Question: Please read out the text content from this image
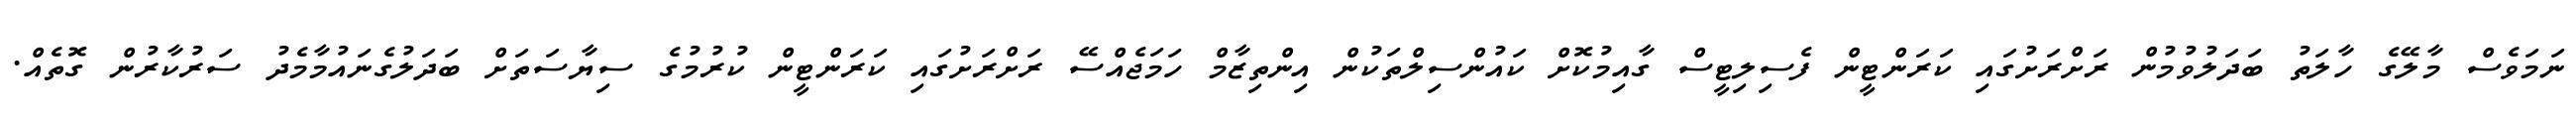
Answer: ނަމަވެސް މާލޭގެ ހާލަތު ބަދަލުވުމުން ރަށްރަށުގައި ކަރަންޓީން ފެސިލިޓީސް ގާއިމުކޮށް ކައުންސިލްތަކުން އިންތިޒާމް ހަމަޖެއްސޭ ރަށްރަށުގައި ކަރަންޓީން ކުރުމުގެ ސިޔާސަތަށް ބަދަލުގެނައުމާމެދު ސަރުކާރުން ގޮތެއް.